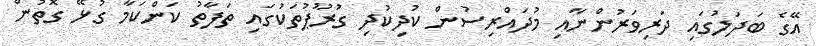
އޭގެ ބަދަލުގައި ދަރިވަރުންނާއި މުދައްރިސުން ކުދިކުދި ގުރޫޕުތަކުގައި ތަފާތު ކަންކަމާ ގުޅޭ ގޮތުން